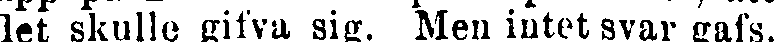
det skulle gifva sig. Men intet svar gafs.